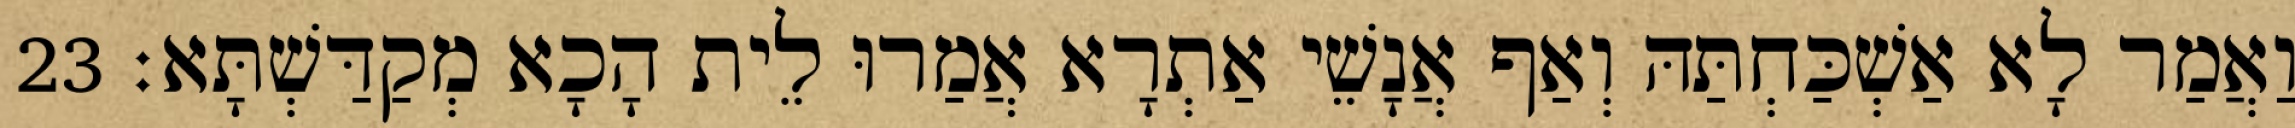
וַאֲמַר לָא אַשְׁכַּחְתַּהּ וְאַף אֲנָשֵׁי אַתְרָא אֲמַרוּ לֵית הָכָא מְקַדַּשְׁתָּא׃ 23